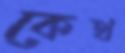
কেথ